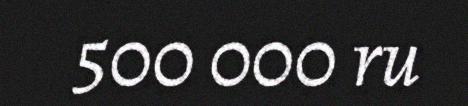
500 000 ru